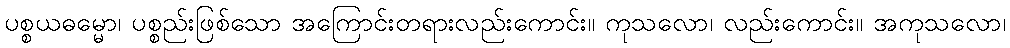
ပစ္စယဓမ္မော၊ ပစ္စည်းဖြစ်သော အကြောင်းတရားလည်းကောင်း။ ကုသလော၊ လည်းကောင်း။ အကုသလော၊